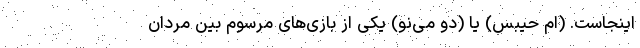
اینجاست. (اِم حیبس) یا (دو می‌نو) یکی از بازی‌های مرسوم بین مردان